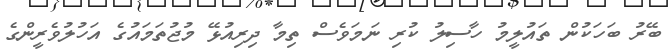
ބޭރު ބަހަކުން ތައުލީމު ހާސިލު ކުރި ނަމަވެސް ތިމާ ދިރިއުޅޭ މުޖުތަމައުގެ އަހުލުވެރީންގެ